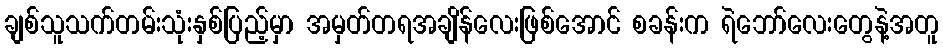
ချစ်သူသက်တမ်းသုံးနှစ်ပြည့်မှာ အမှတ်တရအချိန်လေးဖြစ်အောင် စခန်းက ရဲဘော်လေးတွေနဲ့အတူ